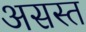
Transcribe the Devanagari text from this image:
असस्त